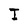
Character: I